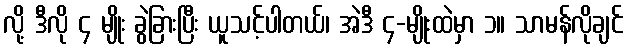
လို့ ဒီလို ၄ မျိုး ခွဲခြားပြီး ယူသင့်ပါတယ်၊ အဲဒီ ၄-မျိုးထဲမှာ ၁။ သာမန်လိုချင်